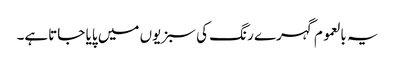
یہ بالعموم گہرے رنگ کی سبزیوں میں پایا جاتاہے۔